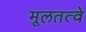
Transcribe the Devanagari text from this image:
मूलतत्वे